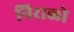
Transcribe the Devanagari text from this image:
निराळो